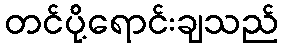
တင်ပို့ရောင်းချသည်